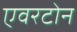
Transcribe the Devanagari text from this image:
एवरटोन